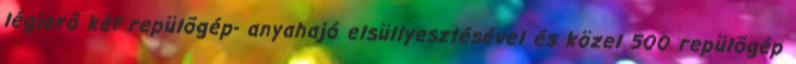
légierõ két repülõgép- anyahajó elsüllyesztésével és közel 500 repülõgép